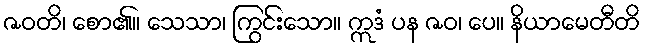
ဇဝတိ၊ စော၏။ သေသာ၊ ကြွင်းသော။ ဣဒံ ပန ဇဝ၊ ပေ။ နိယာမေတီတိ